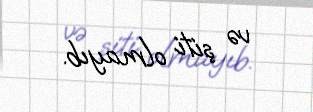
və şiti olmayıb.